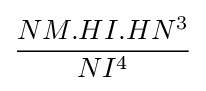
{\frac {NM.HI.HN^{3}}{NI^{4}}}